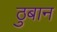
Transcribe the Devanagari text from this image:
ठुबान